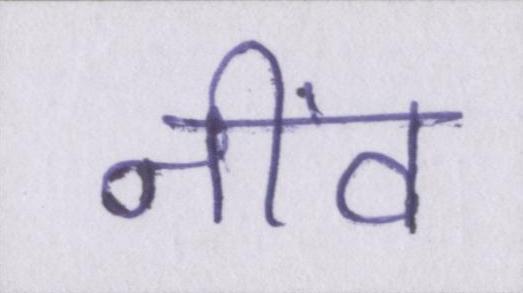
नींव